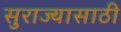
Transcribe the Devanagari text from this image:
सुराज्यासाठी